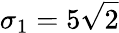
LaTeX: \sigma_{1}=5\sqrt{2}